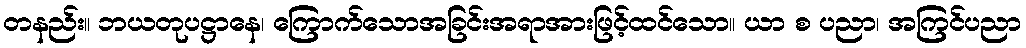
တနည်း။ ဘယတုပဋ္ဌာနေ၊ ကြောက်သောအခြင်းအရာအားဖြင့်ထင်သော။ ယာ စ ပညာ၊ အကြင်ပညာ